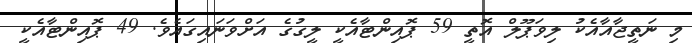
މި ނަތީޖާއާއެކު ލިވަޕޫލް އޮތީ 59 ޕޮއިންޓާއެކީ ލީގުގެ އަށްވަނައިގައެވެ. 49 ޕޮއިންޓާއެކީ